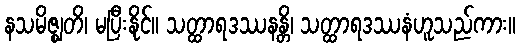
နသမိဇ္ဈတိ၊ မပြီးနိုင်။ သတ္ထာရဒဿနန္တိ၊ သတ္ထာရဒဿနံဟူသည်ကား။